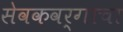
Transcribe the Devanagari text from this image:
सेवकवर्गाचा